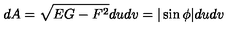
d A = \sqrt { E G - F ^ { 2 } } d u d v = | \sin \phi | d u d v